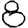
Digit: 8